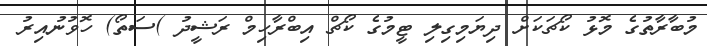
މުބާރާތުގެ މޮޅު ކޯޗަކަށް ދިޔަމިގިލި ޓީމުގެ ކޯޗް އިބްރާހިމް ރަޝީދު )ސަތޯ) ހޮވުނުއިރު